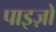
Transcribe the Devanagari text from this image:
पाइज़ो